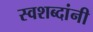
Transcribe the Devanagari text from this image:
स्वशब्दांनी